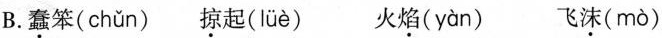
B. 蠢笨( chǔn ) 掠起(lüè) 火焰( yàn ) 飞沫( mò )